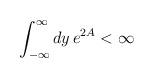
LaTeX: \begin{align*}\int_{-\infty} ^{\infty} dy \, e^{2A} < \infty\end{align*}